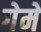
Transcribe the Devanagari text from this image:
गेमें